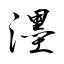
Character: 濹